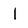
Character: l